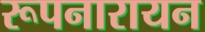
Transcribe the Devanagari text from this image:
रूपनारायन